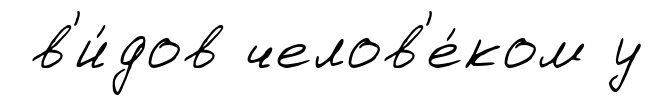
в'и́дов челов'е́ком у